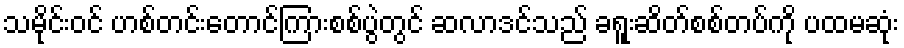
သမိုင်းဝင် ဟစ်တင်းတောင်ကြားစစ်ပွဲတွင် ဆလာဒင်သည် ခရူးဆိတ်စစ်တပ်ကို ပထမဆုံး